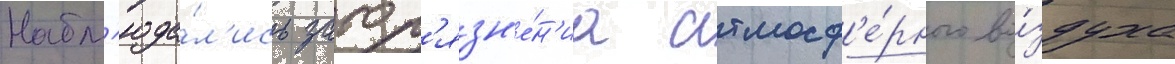
Набл'юда́л'ись загр'язн'е́н'иа атмосф'е́рного во́здуха